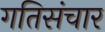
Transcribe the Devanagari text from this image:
गतिसंचार